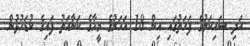
އަދި ސައިކަލުގެ ފަހަތުގައި އިން 18 އަހަރުގެ މީހާގެ ކަނާއަތު ފައިގެ ކުޑަހުޅުން